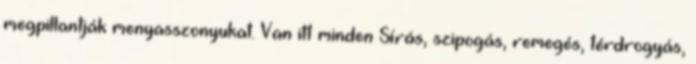
megpillantják menyasszonyukat. Van itt minden Sírás, szipogás, remegés, térdrogyás,